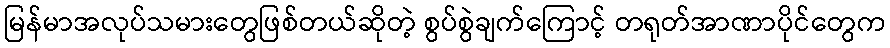
မြန်မာအလုပ်သမားတွေဖြစ်တယ်ဆိုတဲ့ စွပ်စွဲချက်ကြောင့် တရုတ်အာဏာပိုင်တွေက